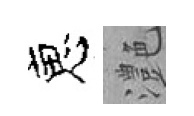
恵灔